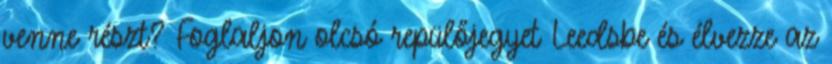
venne részt? Foglaljon olcsó repülőjegyet Leedsbe és élvezze az